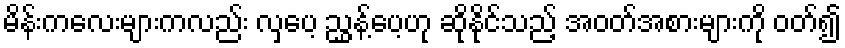
မိန်းကလေးများကလည်း လှပေ့ ညွှန့်ပေ့ဟု ဆိုနိုင်သည့် အဝတ်အစားများကို ဝတ်၍